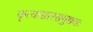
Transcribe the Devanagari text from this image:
कृत्यासारसमुच्चयः